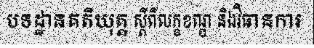
បទដ្ឋានគតិយុត្ត ស្តីពីលក្ខខណ្ឌ និងវិធានការ